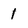
Character: 1